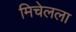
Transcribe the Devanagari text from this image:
मिचेलला